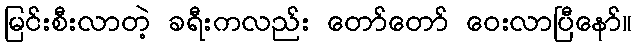
မြင်းစီးလာတဲ့ ခရီးကလည်း တော်တော် ဝေးလာပြီနော်။